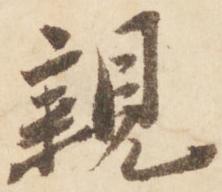
親